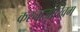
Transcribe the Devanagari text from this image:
करनाजोखिम